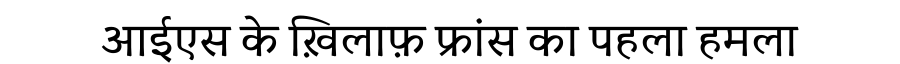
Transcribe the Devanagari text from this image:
आईएस के ख़िलाफ़ फ्रांस का पहला हमला